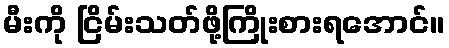
မီးကို ငြိမ်းသတ်ဖို့ကြိုးစားရအောင်။